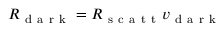
R _ { \mathrm { ~ d ~ a ~ r ~ k ~ } } = R _ { \mathrm { ~ s ~ c ~ a ~ t ~ t ~ } } v _ { \mathrm { ~ d ~ a ~ r ~ k ~ } }